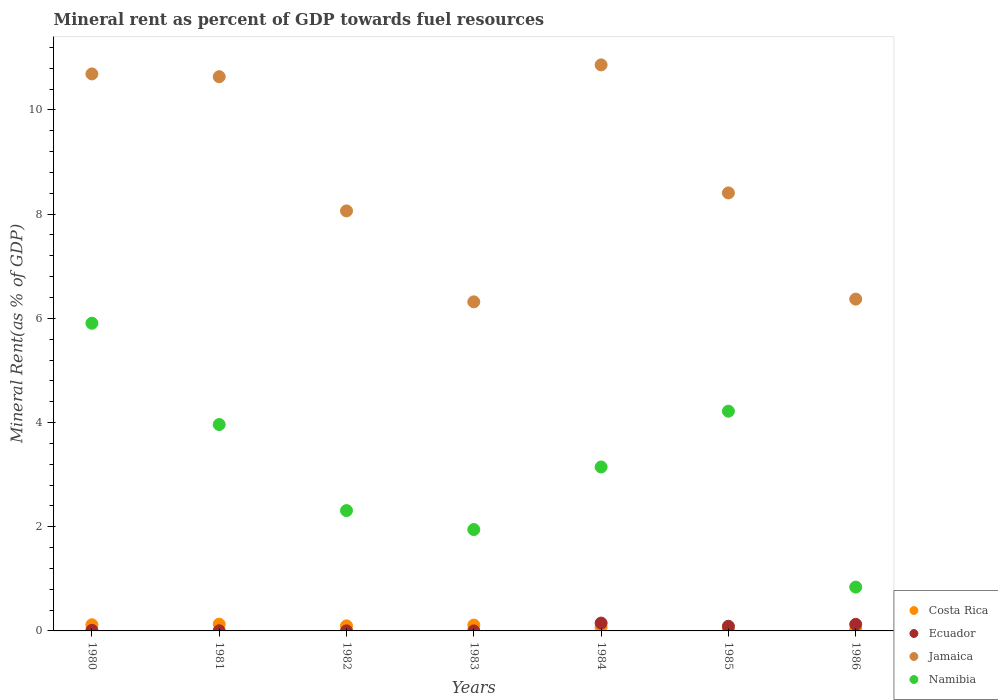
| Years | Costa Rica | Ecuador | Jamaica | Namibia |
 | --- | --- | --- | --- | --- |
 | 1980 | 0.118 | 0.0115 | 10.7 | 5.91 |
 | 1981 | 0.129 | 0.00319 | 10.6 | 3.96 |
 | 1982 | 0.0975 | 0.00108 | 8.06 | 2.31 |
 | 1983 | 0.112 | 0.00055 | 6.32 | 1.95 |
 | 1984 | 0.0703 | 0.15 | 10.9 | 3.15 |
 | 1985 | 0.0175 | 0.0895 | 8.41 | 4.22 |
 | 1986 | 0.0257 | 0.126 | 6.37 | 0.841 |